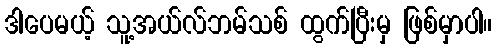
ဒါပေမယ့် သူ့အယ်လ်ဘမ်သစ် ထွက်ပြီးမှ ဖြစ်မှာပါ။